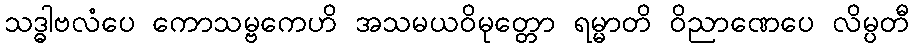
သဒ္ဓါဗလံပေ ကောသမ္ဗကေဟိ အသမယဝိမုတ္တော ရမ္မာတိ ဝိညာဏေပေ လိမ္ပတီ